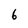
Character: 6